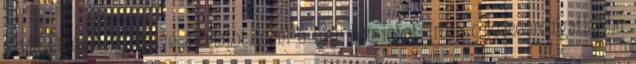
eladó Érdeklődni illetve ajánlatot tenni e-mail-ben lehet: iroda colosseumingatlan.hu